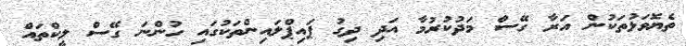
ތެޔޮވަޅުތަކުން އަރާ ގޭސް މަދުކުރުމާ އަދި ދިގު ޕައިޕްލައިންތަކުގައި ހުންނަ ގޭސް ލީކްތައް